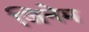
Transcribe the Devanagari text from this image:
जिनेम